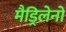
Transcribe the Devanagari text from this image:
मैड्रिलेनो